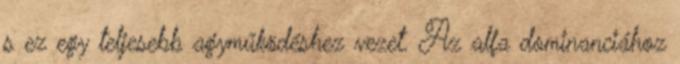
s ez egy teljesebb agyműködéshez vezet. Az alfa dominanciához